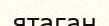
ятаган